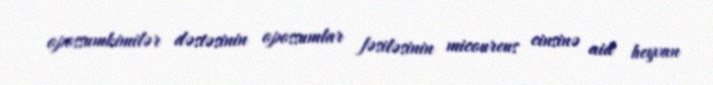
opossumkimilər dəstəsinin opossumlar fəsiləsinin micoureus cinsinə aid heyvan